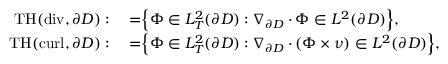
\begin{array} { r l } { \mathrm { T H } ( \mathrm { d i v } , \partial D ) : } & { { } = \Bigr \{ { \Phi } \in L _ { T } ^ { 2 } ( \partial D ) : \nabla _ { \partial D } \cdot { \Phi } \in L ^ { 2 } ( \partial D ) \Bigr \} , } \\ { \mathrm { T H } ( \mathrm { c u r l } , \partial D ) : } & { { } = \Bigr \{ { \Phi } \in L _ { T } ^ { 2 } ( \partial D ) : \nabla _ { \partial D } \cdot ( { \Phi } \times { \nu } ) \in L ^ { 2 } ( \partial D ) \Bigr \} , } \end{array}